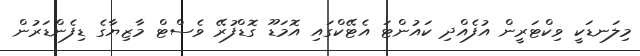
މިލަނޑަކީ ވިކްޓަރީން އުފެއްދި ކައުންޓަ އެޓޭކްގައި އޮމަޑޫ ގޮޑްފުރޭ ވެސްޓް މާޒިޔާގެ ޑިފެންޑަރުން